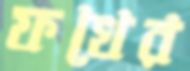
ফখের